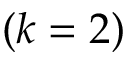
( k = 2 )